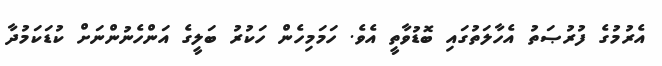
އެރުމުގެ ފުރުޞަތު އެހާލަތުގައި ބޮޑުވާތީ އެވެ. ހަމަމިހެން ހަކުރު ބަލީގެ އަންހެނުންނަށް ކުޑަކަމުދާ